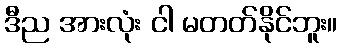
ဒီည အားလုံး ငါ မတတ်နိုင်ဘူး။